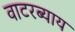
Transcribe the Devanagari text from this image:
वाटरब्याय